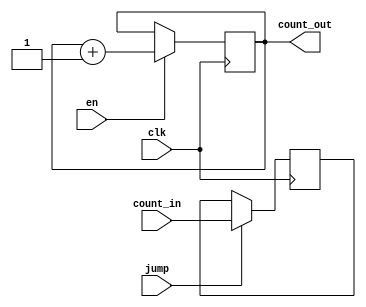
`timescale 1ns / 1ps

/* 8 bit computer project
    Modules: 
     - program counter 
     - control unit */


module prog_counter(count_out, count_in, jump, en, clk);

    output reg [7:0] count_out;//, bus_out;
    input [3:0] count_in; // count in for jump op
    input jump, en, clk;

    initial begin count_out = 8'b00000000; end 
    
    always@(posedge clk) begin
        if(jump) // jump to count in
            count_out[3:0] <= count_in;
    end 
    
    always@(posedge clk) begin
        if(en) // increment counter
            count_out = count_out + 1;
    end 

endmodule 

/* ENABLE WRITE TO BUS (en): 
        0: A
        1: B
        2: instr
        3: ALU
        4: count 
        5: mem 
        6: mem addr
        7: out display*/
    /* LOAD FROM BUS (load):
        0: A
        1: B
        2: instr
        3: count jump*/
    /* CONTROL SIGNALS: 
        load [3:0] - see above
        en [7:0] - see above
        mem_write_en - RAM en
        count_en - counter en 
        opCode (feed ALU, cntrl)*/
        
/* INSTRUCTIONS: 
    LDA XXXX:   load A from addr XXXX:                  0001 XXXX
    LDAI XXXX:  (LDA immediate) load A value 0000XXXX:  0010 XXXX
    ADD XXXX:   A + mem_at_XXXX:                        0011 XXXX
    SUB XXXX:   A - mem_at_XXXX:                        0100 XXXX
    AND XXXX:   A && mem_at_XXXX (bitwise&):            0101 XXXX
    OR XXXX:    A || mem_at_XXXX (bitwise|):            0110 XXXX
    NOT:        !A (bitwise!):                          0111 0000
    INC:        increment A                             1000 0000
    DEC:        decrement A                             1001 0000
    
    STA XXXX:   Store contents of A at addr_XXXX        1100 0000
    JUMP XXXX:  jump counter to XXXX:                   1101 0000
    OUT:        from A:                                 1110 0000
    NOTH:       do nothing:                             1111 0000*/

module control_unit(load, en, mem_write_en, count_en, opCode, addr_en, count, instr, clk);
    
    // control signals out: 
    output reg [3:0] load, opCode;
    output reg [7:0] en;
    output reg mem_write_en, count_en, addr_en;
    
    input [7:0] count;
    input [3:0] instr; // instruction to decode 
    input clk;
    reg [2:0] count2; // internal instruction counter (sperate from overall PC)
    wire [2:0] count2_wire;
    
    assign count2_wire = count2; // feed count2 register to wire to be concatenated w/ instr for control signal 
    
    initial begin 
        en = 0; load = 0; mem_write_en = 0; count_en = 0; opCode = 0; addr_en = 0;
        count2 = 0;
    end 
    
    wire [6:0] case_sel = {instr, count2_wire}; // group instruction and internal counter for signal decode
    
    parameter 
        LDA  = 4'b0001, 
        LDAI = 4'b0010, 
        ADD  = 4'b0011, 
        SUB  = 4'b0100, 
        AND  = 4'b0101, 
        OR   = 4'b0110, 
        NOT  = 4'b0111, 
        INC  = 4'b1000, 
        DEC  = 4'b1001, 
        STA  = 4'b1100, 
        JUMP = 4'b1101,
        OUT  = 4'b1110,
        NOTH = 4'b1111;
    
    always@(negedge clk) begin
                // FETCH
            if(count2 == 0) begin // count->bus, bus->addr
                en = 4; addr_en = 1;
                load = 0; mem_write_en = 0; count_en = 0; opCode = 0;
                $display("fetch begin");
            end    
            
            else if(count2 == 1) begin // mem->bus, bus->instr, count_en
                en = 5; load[2] = 1; count_en = 1;
                load[3] = 0; load[1:0] = 0; mem_write_en = 0; opCode = 0; addr_en = 0;
                $display("fetch complete");
            end
        else begin 
        case(case_sel) // after fetch, check instruction+counter
                // LOAD A
            {LDA, 3'b010}: begin // instr->bus, bus->addr
                load = 0; mem_write_en = 0; count_en = 0; opCode = 0;
                en = 5; addr_en = 1;
                $display("lda begin");
            end 
            {LDA, 3'b011}: begin // mem->bus, bus->A
                load[3:1] = 0; mem_write_en = 0; count_en = 0; opCode = 0; addr_en = 0;
                en = 5; load[0] = 1;
                $display("lda 2");
            end 
            {LDA, 3'b100}: begin // nothing
                en = 16; load = 0; mem_write_en = 0; count_en = 0; opCode = 0; addr_en = 0;
                $display("lda end");
            end 
                // LOAD A IM
            {LDAI, 3'b010}: begin // instr(addr)->bus, bus->A
                load[3:1] = 0; mem_write_en = 0; count_en = 0; opCode = 0;
                en = 8; addr_en = 0; load[0] = 1;
                $display("ldai begin");
            end 
            {LDAI, 3'b011}: begin // nothing
                en = 16; load = 0; mem_write_en = 0; count_en = 0; opCode = 0; addr_en = 0;
                $display("ldai 2");
            end 
            {LDAI, 3'b100}: begin // nothing
                en = 16; load = 0; mem_write_en = 0; count_en = 0; opCode = 0; addr_en = 0;
                $display("ldai end");
            end 
                // ADD 
            {ADD, 3'b010}: begin // instr->bus, bus->addr
                load = 0; mem_write_en = 0; count_en = 0; opCode = 0;
                en = 2; addr_en = 1;
                $display("add1");
            end 
            {ADD, 3'b011}: begin // mem->bus, bus->b, opCode: 0001 (1)
                load[3:2] = 0; load[0] = 0; mem_write_en = 0; count_en = 0; addr_en = 0;
                en = 5; load[1] = 1; opCode = 1;
                $display("add2");
            end 
            {ADD, 3'b100}: begin // alu->bus, bus->a
                load[3:1] = 0; mem_write_en = 0; count_en = 0; opCode = 0; addr_en = 0;
                en = 3; load[0] = 1;
                $display("add3");
            end 
                // SUB
            {SUB, 3'b010}: begin // instr->bus, bus->addr
                load = 0; mem_write_en = 0; count_en = 0; opCode = 0;
                en = 2; addr_en = 1;
                $display("sub1");
            end 
            {SUB, 3'b011}: begin // mem->bus, bus->b, opCode: 0010 (2)
                load[3:2] = 0; load[0] = 0; mem_write_en = 0; count_en = 0; addr_en = 0;
                en = 5; load[1] = 1; opCode = 2;
                $display("sub2");
            end 
            {SUB, 3'b100}: begin // alu->bus, bus->a
                load = 0; mem_write_en = 0; count_en = 0; opCode = 0; addr_en = 0;
                en = 3; load[0] = 1;
                $display("sub3");
            end 
                // AND 
            {AND, 3'b010}: begin // instr->bus, bus->addr
                load = 0; mem_write_en = 0; count_en = 0; opCode = 0;
                en = 2; addr_en = 1;
                $display("and1");
            end 
            {AND, 3'b011}: begin // mem->bus, bus->b, opCode: 0011 (3)
                load[3:2] = 0; load[0] = 0; mem_write_en = 0; count_en = 0; addr_en = 0;
                en = 5; load[1] = 1; opCode = 3;
                $display("and2");
            end 
            {AND, 3'b100}: begin // alu->bus, bus->a
                load[3:1] = 0; mem_write_en = 0; count_en = 0; opCode = 0; addr_en = 0;
                en = 3; load[0] = 1;
                $display("and3");
            end 
                // OR
            {OR, 3'b010}: begin // instr->bus, bus->addr
                load = 0; mem_write_en = 0; count_en = 0; opCode = 0;
                en = 2; addr_en = 1;
                $display("or1");
            end 
            {OR, 3'b011}: begin // mem->bus, bus->b, opCode: 0100 (4)
                load[3:2] = 0; load[0] = 0; mem_write_en = 0; count_en = 0; addr_en = 0;
                en = 5; load[1] = 1; opCode = 4;
                $display("or2");
            end 
            {OR, 3'b100}: begin // alu->bus, bus->a
                load[3:1] = 0; mem_write_en = 0; count_en = 0; opCode = 0; addr_en = 0;
                en = 3; load[0] = 1;
                $display("or3");
            end 
                // NOT
            {NOT, 3'b010}: begin // opCode: 0101 (5)
                load[3:2] = 0; load[0] = 0; mem_write_en = 0; count_en = 0; addr_en = 0;
                en = 5; load[1] = 1; opCode = 5;
                $display("not1");
            end 
            {NOT, 3'b011}: begin // alu->bus, bus->a
                load[3:1] = 0; mem_write_en = 0; count_en = 0; opCode = 0; addr_en = 0;
                en = 3; load[0] = 1;
                $display("not2");
            end 
            {NOT, 3'b100}: begin // nothing
                en = 16; load = 0; mem_write_en = 0; count_en = 0; opCode = 0; addr_en = 0;
                $display("not3");
            end 
                // Increment A
            {INC, 3'b010}: begin // opCode: 0110 (6)
                load[3:2] = 0; load[0] = 0; mem_write_en = 0; count_en = 0; addr_en = 0;
                en = 5; load[1] = 1; opCode = 6;
                $display("inc1");
            end 
            {INC, 3'b011}: begin // alu->bus, bus->a
                load[3:1] = 0; mem_write_en = 0; count_en = 0; opCode = 0; addr_en = 0;
                en = 3; load[0] = 1;
                $display("inc2");
            end 
            {INC, 3'b100}: begin // nothing
                en = 16; load = 0; mem_write_en = 0; count_en = 0; opCode = 0; addr_en = 0;
                $display("inc3");
            end 
                // Decrement A
            {DEC, 3'b010}: begin // opCode: 0111 (7)
                load[3:2] = 0; load[0] = 0; mem_write_en = 0; count_en = 0; addr_en = 0;
                en = 5; load[1] = 1; opCode = 7;
                $display("not1");
            end 
            {DEC, 3'b011}: begin // alu->bus, bus->a
                load[3:1] = 0; mem_write_en = 0; count_en = 0; opCode = 0; addr_en = 0;
                en = 3; load[0] = 1;
                $display("not2");
            end 
            {DEC, 3'b100}: begin // nothing
                en = 16; load = 0; mem_write_en = 0; count_en = 0; opCode = 0; addr_en = 0;
                $display("not3");
            end 
                // STORE A
            {STA, 3'b010}: begin // instr->bus, bus->addr
                load = 0; mem_write_en = 0; count_en = 0; opCode = 0;
                en = 5; addr_en = 1;
                $display("sta begin");
            end 
            {STA, 3'b011}: begin // A->bus, bus->mem
                load = 0; mem_write_en = 1; count_en = 0; opCode = 0; addr_en = 0;
                en = 0; 
                $display("sta 2");
            end 
            {STA, 3'b100}: begin // nothing
                en = 16; load = 0; mem_write_en = 0; count_en = 0; opCode = 0; addr_en = 0;
                $display("sta end");
            end 
                // JUMP
            {JUMP, 3'b010}: begin // instr->bus, bus->count
                load[3] = 1; load[2:0] = 0; mem_write_en = 0; count_en = 0; opCode = 0;
                en = 5; addr_en = 0;
                $display("jump begin");
            end 
            {JUMP, 3'b011}: begin // nothing
                en = 16; load = 0; mem_write_en = 0; count_en = 0; opCode = 0; addr_en = 0;
            end 
            {JUMP, 3'b100}: begin // nothing 
                en = 16; load = 0; mem_write_en = 0; count_en = 0; opCode = 0; addr_en = 0;
            end 
                // OUT
            {OUT, 3'b010}: begin // output enable from A
                load = 0; mem_write_en = 0; count_en = 0; opCode = 0; addr_en = 0;
                en = 7;
                $display("out1");
            end 
            {OUT, 3'b011}: begin // output enable from A
                load = 0; mem_write_en = 0; count_en = 0; opCode = 0; addr_en = 0;
                en = 7; 
                $display("out2");
            end 
            {OUT, 3'b100}: begin // output enable from A
                load = 0; mem_write_en = 0; count_en = 0; opCode = 0; addr_en = 0;
                en = 7; 
                $display("out3");
            end 
                // NOTH 
            {NOTH, 3'b010}: begin // do nothing
                en = 16; load = 0; mem_write_en = 0; count_en = 0; opCode = 0; addr_en = 0;
            end 
            {NOTH, 3'b011}: begin 
                en = 16; load = 0; mem_write_en = 0; count_en = 0; opCode = 0; addr_en = 0;
            end 
            {NOTH, 3'b100}: begin 
                en = 16; load = 0; mem_write_en = 0; count_en = 0; opCode = 0; addr_en = 0;
            end 
            default: begin
                en = 16; load = 0; mem_write_en = 0; count_en = 0; opCode = 0; addr_en = 0;
                $display("default");
            end 
        endcase
    end 
    end 
    
    always@(negedge clk) begin
            count2 = count2 + 1; // counter increment
            if(count2 == 5) count2 = 0; // counter rollover (cutoff before bit overflow)
    end

endmodule